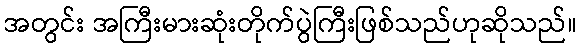
အတွင်း အကြီးမားဆုံးတိုက်ပွဲကြီးဖြစ်သည်ဟုဆိုသည်။